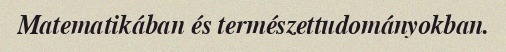
Matematikában és természettudományokban.